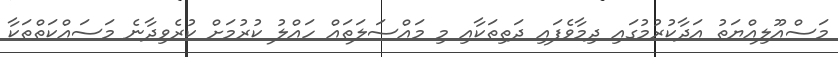
މަސްއޫލިއްޔަތު އަދާކުރުމުގައި ދިމާވެފައި ދަތިތަކާއި މި މައްސަލަތައް ހައްލު ކުރުމަށް ކުރެވިދާނެ މަސައްކަތްތަކާ